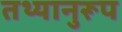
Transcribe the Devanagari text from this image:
तथ्यानुरूप